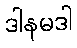
ဒါနမဒါ